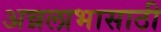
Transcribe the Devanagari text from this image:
अन्नलाभासाठी